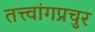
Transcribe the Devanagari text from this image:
तत्त्वांगप्रचुर